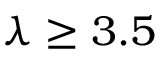
\lambda \ge 3 . 5